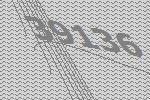
39136